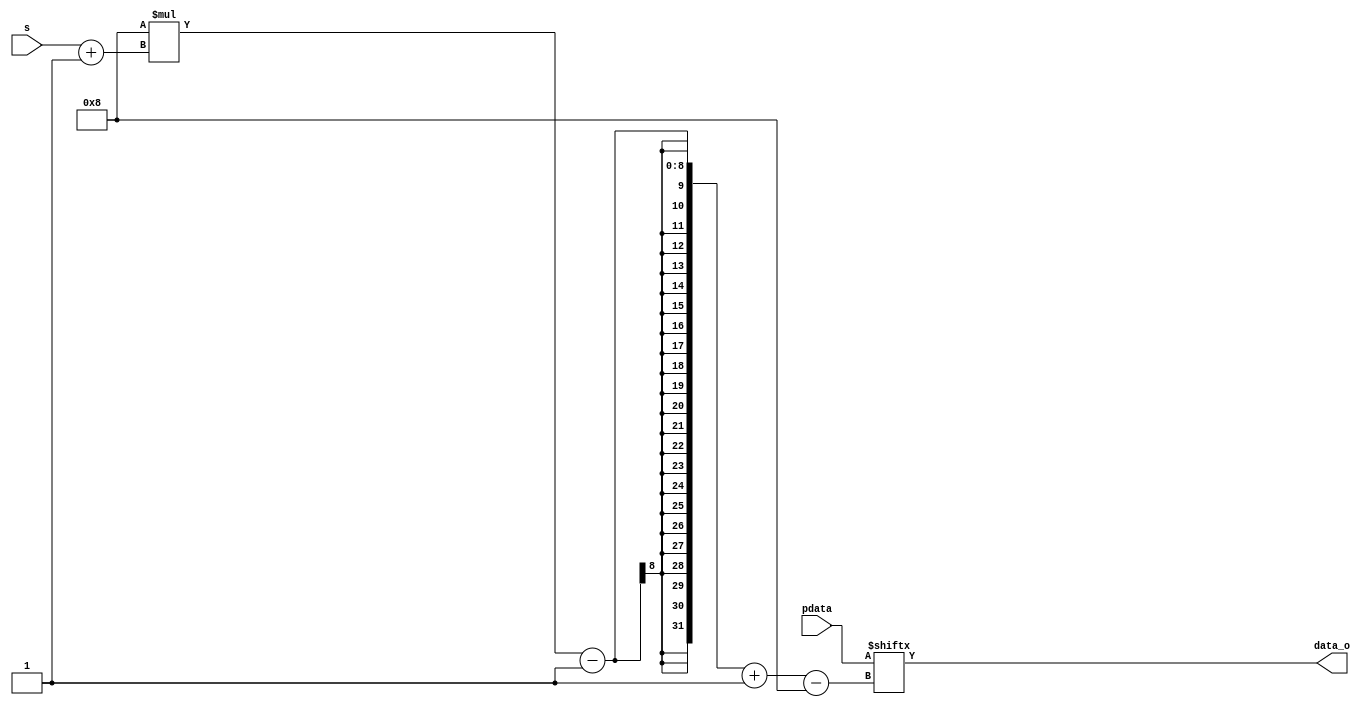
module MUX
#(
    parameter   m = 8, // m width
    parameter   n = 8, // n mux input
    parameter   width = 3 //select width
)
(
     input   [n*m-1:0]   pdata //parallel data in
    ,input   [width-1:0] s   //select width
    ,output  [m-1:0]     data_o //out
);
assign  data_o =   pdata[(m*(s+1)-1)-:m];

endmodule

//  MUX #(
//         .m(3)
//        ,.n(2)
//        ,.width(1)
//    ) 
//    mux1 ( .pdata({in1,in2})
//          ,.s(s)
//          ,.data_o(out)
//         );